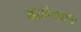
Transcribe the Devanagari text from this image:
यात्रांसाठी